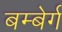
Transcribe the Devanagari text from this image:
बम्बेर्ग